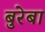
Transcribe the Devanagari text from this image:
बुरेबा